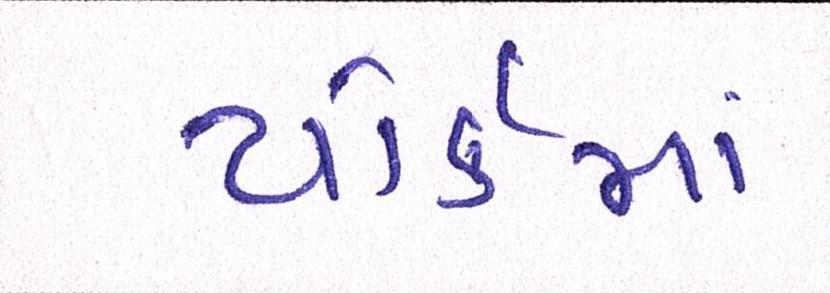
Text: યોર્કમાં